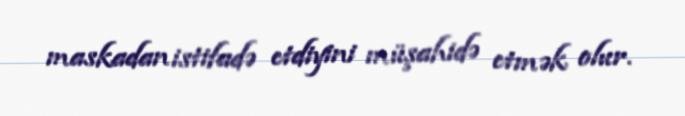
maskadan istifadə etdiyini müşahidə etmək olur.